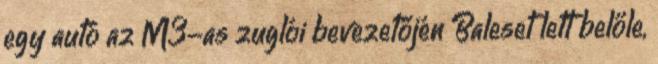
egy autó az M3-as zuglói bevezetőjén Baleset lett belőle,